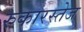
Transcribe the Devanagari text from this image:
रुकारस्तेज